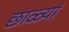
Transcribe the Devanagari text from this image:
छाळ्यां